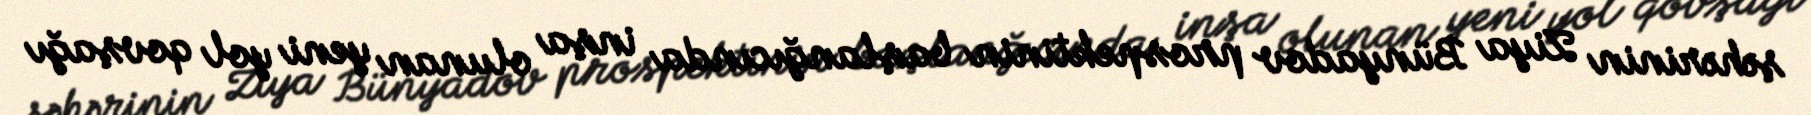
şəhərinin Ziya Bünyadov prospektinin başlanğıcında inşa olunan yeni yol qovşağı